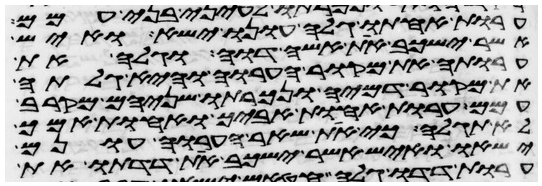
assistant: ערות אחותו גלה עונו ישא ואיש
אשר ישכב את אשה דוה וגלה את
ערותה את מקור הערוה והיא גלתה
את מקור דמיה ונכרתו שניהם מקרב
עמם ערות אחות אביך ואחות אמך
לא תגלה כי את שאר הערוה עונם
ישאו ואיש אשר ישכב את דדתו את